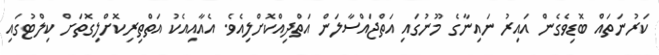
ކަރުނަތައް ބޮޑިވެގެން އައިރު ނައިނާގެ މޫނުގައި އަތްޖައްސާލަން އަތްދިއްކޮށްލިއެވެ. އެއާއިއެކު އަތްތިރިކޮށްލިގޮތަށް ކިލްޓުގައި